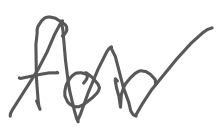
Text: for
Cross-out: zig-zag
Writing tool: digital_gray